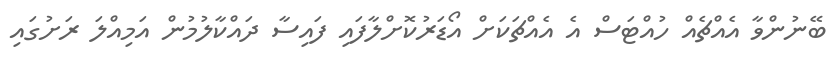
ބޭނުންވާ އެއްޗެއް ހުއްޓަސް އެ އެއްޗަކަށް އޯޑަރުކޮށްލާފައި ފައިސާ ދައްކާލުމުން އަމިއްލަ ރަށުގައި